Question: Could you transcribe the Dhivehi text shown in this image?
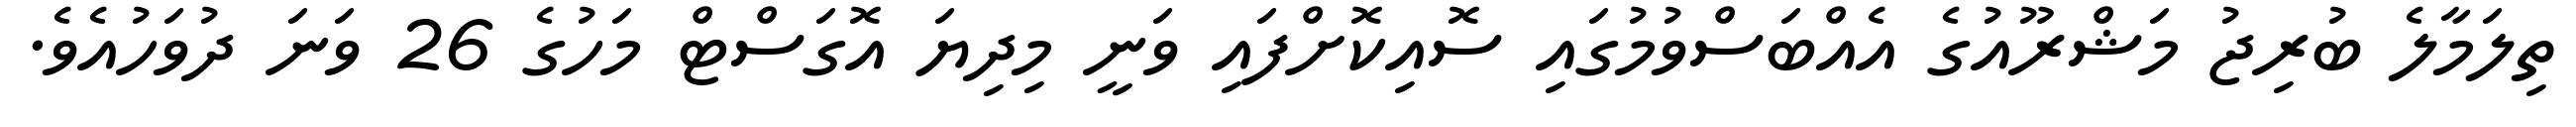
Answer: ތިލަމާލެ ބުރިޖު މަޝްރޫއުގެ އެއްބަސްވުމުގައި ސޮއިކޮށްފައި ވަނީ މިދިޔަ އޮގަސްޓް މަހުގެ 26 ވަނަ ދުވަހުއެވެ.